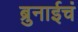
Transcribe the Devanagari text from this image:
ब्रुनाईचं